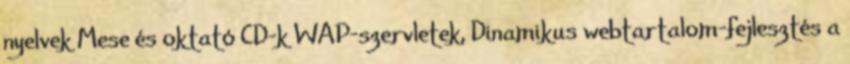
nyelvek Mese és oktató CD-k WAP-szervletek, Dinamikus webtartalom-fejlesztés a